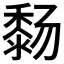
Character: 𬓸